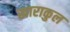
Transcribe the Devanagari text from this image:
खाराकुल